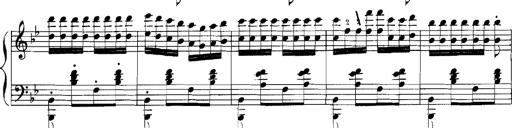
Title: Rhapsodies hongroises
Composer: Franz Liszt